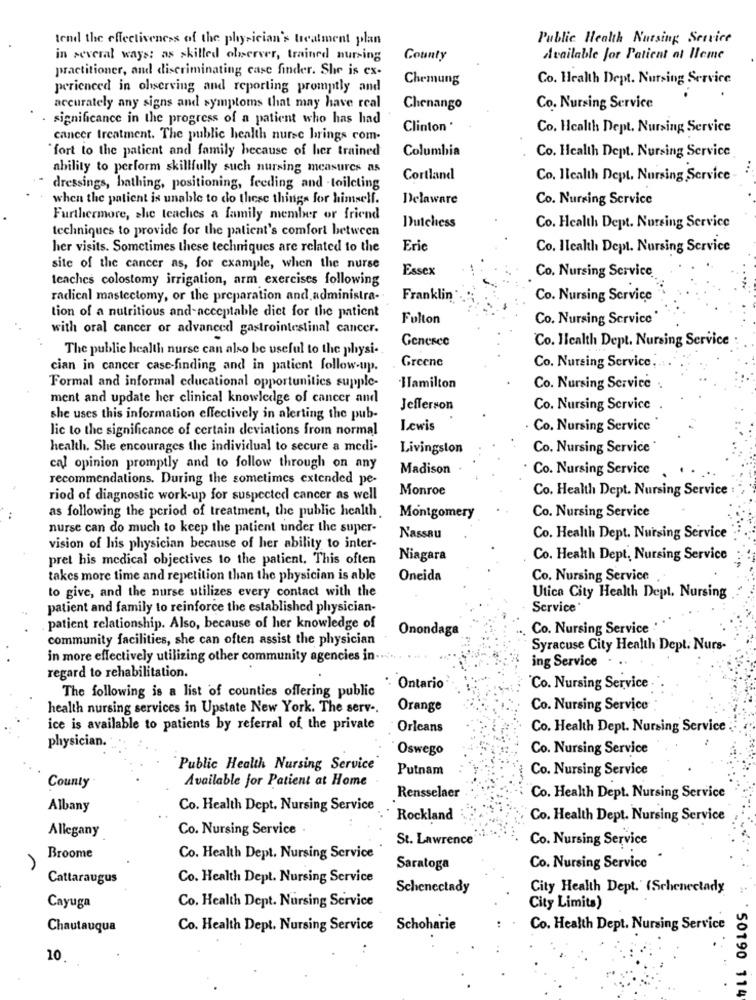
tend the effectiveness of the physician's treatment plan
Public Health Nursing Service
in several ways: as skilled observer, trained nursing
County
Available for Patient at Home
practitioner, and discriminating case finder. She is ex-
Chemung
Co. Health Dept. Nursing Service
perienced in observing and reporting promptly and
accurately any signs and symptoms that may have real
Chenango
Co. Nursing Service
significance in the progress of a patient who has had
Clinton '
Co. Health Dept. Nursing Service
cancer treatment. The public health nurse brings com-
Columbia
Co. Health Dept. Nursing Service
fort to the patient and family because of her trained
ability to perform skillfully such nursing measures as
Cortland
Co. Health Dept. Nursing Service
dressings, bathing, positioning, feeding and - toileting
when the patient is unable to do these things for himself.
Delaware
Co. Nursing Service
Furthermore, she teaches a family member or friend
techniques to provide for the patient's comfort between
Dutchess
Co. Health Dept. Nursing Service
her visits. Sometimes these techniques are related to the
Eric
Co. Health Dept. Nursing Service
site of the cancer as, for example, when the nurse
Essex
Co. Nursing Service
teaches colostomy irrigation, arm exercises following
radical mastectomy, or the preparation and administra-
Franklin
Co. Nursing Service
tion of a nutritious and-acceptable dict for the patient
Fulton
Co. Nursing Service
with oral cancer or advanced gastrointestinal cancer.
Genesee
Co. Health Dept. Nursing Service
The public health nurse can also be useful to the physi-
Greene
cian in cancer case-finding and in patient follow-up.
Co. Nursing Service ..
Formal and informal educational opportunities supple-
Hamilton
Co. Nursing Service
ment and update her clinical knowledge of cancer and
Jefferson
Co. Nursing Service
she uses this information effectively in alerting the pub-
lic to the significance of certain deviations from normal
Lewis
. Co. Nursing Service
health. She encourages the individual to secure a medi-
Livingston
Co. Nursing Service *
cal opinion promptly and to follow through on any
Madison
Co. Nursing Service
recommendations. During the sometimes extended pe-
Monroe
Co. Health Dept. Nursing Service
riod of diagnostic work-up for suspected cancer as well
Co. Nursing Service
as following the period of treatment, the public health.
Montgomery
nurse can do much to keep the patient under the super-
Nassau
Co. Health Dept. Nursing Service
vision of his physician because of her ability to inter-
pret his medical objectives to the patient. This often
Niagara
Co. Health Dept, Nursing Service
takes more time and repetition than the physician is able
Oneida
Co. Nursing Service
to give, and the nurse utilizes every contact with the
Utica City Health Dept. Nursing
patient and family to reinforce the established physician-
Service
patient relationship. Also, because of her knowledge of
Onondaga
Co. Nursing Service
community facilities, she can often assist the physician
Syracuse City Health Dept. Nurs-
in more effectively utilizing other community agencies in ..
ing Service
regard to rehabilitation.
The following is a list of counties offering public
· Ontario
Co. Nursing Service
health nursing services in Upstate New York. The serv ..
Orange
Co. Nursing Service
ice is available to patients by referral of the private
Orleans
Co. Health Dept. Nursing Service
physician.
Oswego
Co. Nursing Service
Public Health Nursing Service
Putnam
Co. Nursing Service
Available for Patient at Home
County
Rensselaer
Co. Health Dept. Nursing Service
Albany
Co. Health Dept. Nursing Service
Rockland
Co. Health Dept. Nursing Service
Allegany
Co. Nursing Service
St. Lawrence
Co. Nursing Service
Broome
Co. Health Dept. Nursing Service
Saratoga
Co. Nursing Service
Cattaraugus
Co. Health Dept. Nursing Service
Schenectady
City Health Dept.' (Schenectady
Co. Health Dept. Nursing Service
Cayuga
City Limits)
Chautauqua
Co. Health Dept. Nursing Service Schoharie
Co. Health Dept. Nursing Service
10
`50190 114